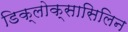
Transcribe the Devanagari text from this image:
डिक्लोक्सासिलिन